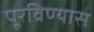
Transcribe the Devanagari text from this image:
पूरविण्यास